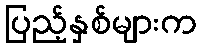
ပြည့်နှစ်များက